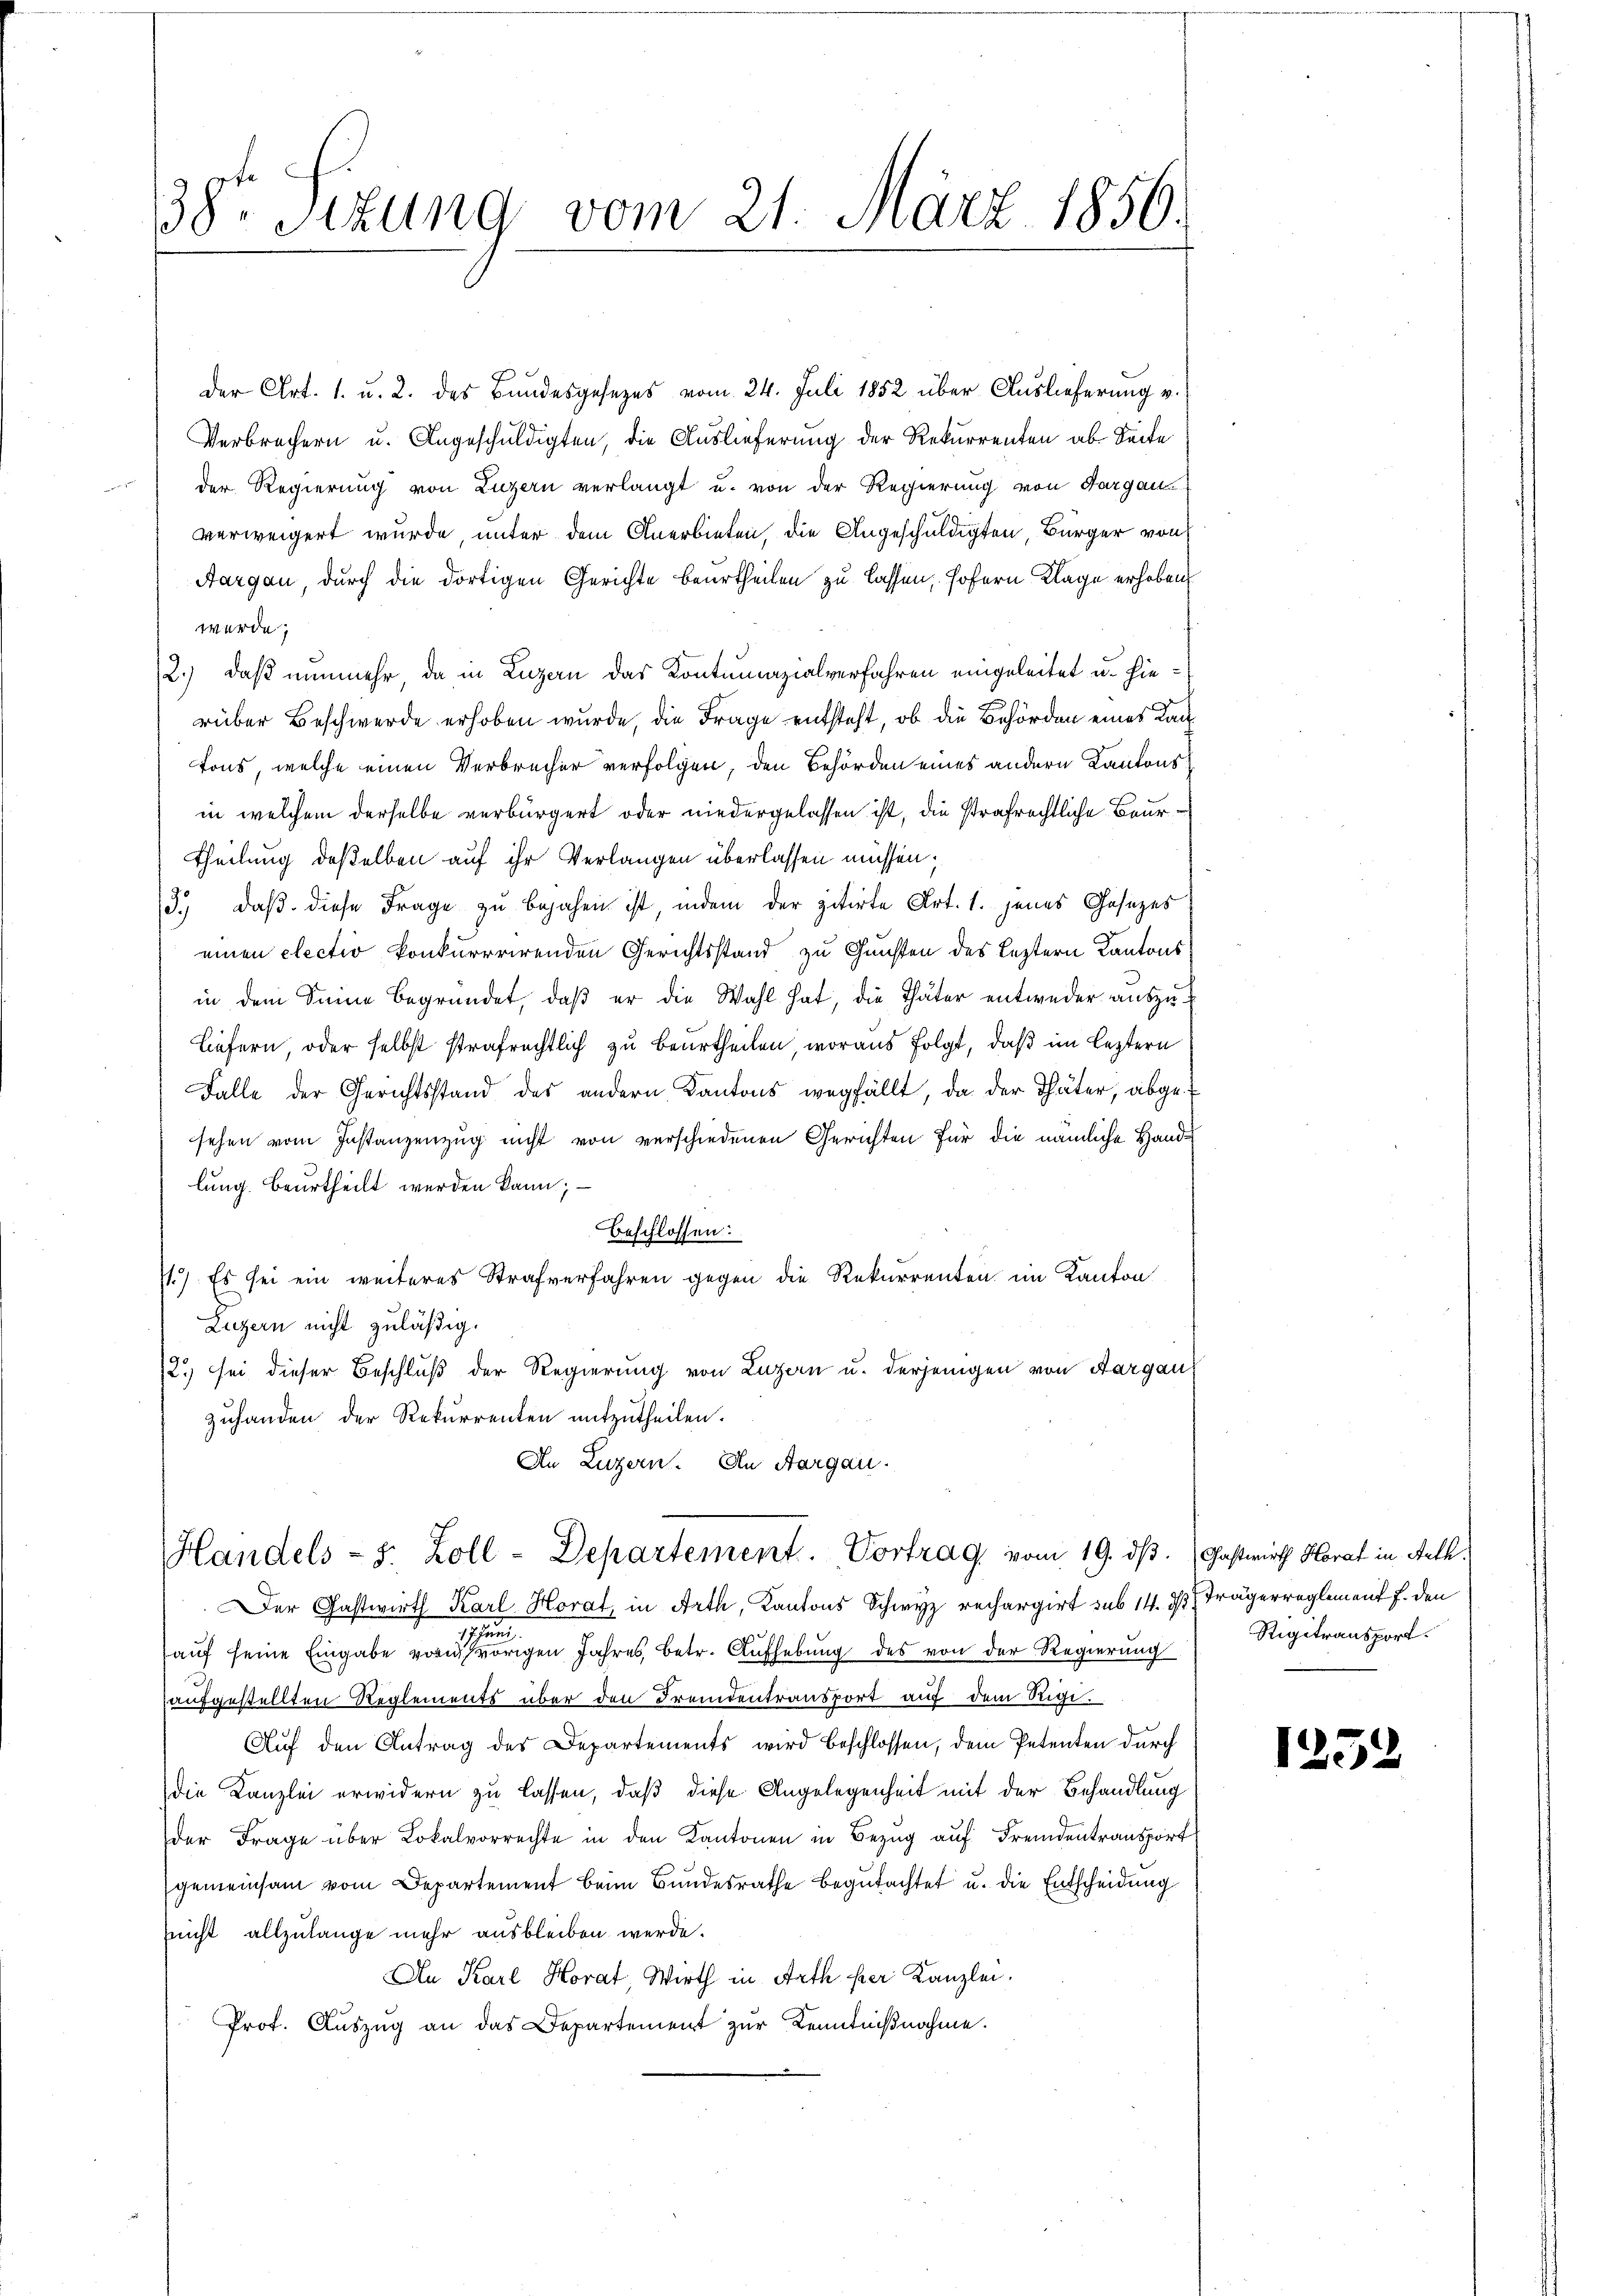
38te Sizung vom 21. März 1856.

Der Art. 1. u. 2. des Bundesgesezes vom 24. Juli 1852 über Auslieferung v.
Verbrechern u. Angeschuldigten, die Auslieferung der Rekurrenten ab Seite
der Regierung von Luzern verlangt u. von der Regierung von Aargau
verweigert wurde, unter dem Anerbieten, die Angeschuldigten, Bürger von
Aargau, durch die dortigen Gerichte beurtheilen zu lassen, sofern Klage erhoben
werde;
2.) daß nunmehr, da in Luzern das Kontumazialverfahren eingeleitet u. hierüber Beschwerde erhoben wurde, die Frage entsteht, ob die Behörden eines Kanfons, welche einen Verbrecher verfolgen, den Behörden eines andern Kantons
in welchem derselbe verbürgert oder niedergelassen ist, die strafrechtliche Beur¬
Theilung deßelben auf ihr Verlangen überlassen müssen;
3.) daß diese Frage zu bejahen ist, indem der zitirte Art. 1. jenes Gesezes
einen electio konkurrirenden Gerichtsstand zu Gunsten des Leztern Kantons
in dem Seine begründet, daß er die Wahl hat, die Thäter entweder auszu¬
Liefern, oder selbst strafrechtlich zu beurtheilen, woraus folgt, daß im leztern
Falle der Gerichtsstand des andern Kantons wegfällt, da der Thäter, abgesehen vom Instanzenzug nicht von verschiedenen Gerichten für die nämliche Handlung beurtheilt werden kann;
beschlossen:
11.) Es sei ein weiteres Strafverfahren gegen die Rekurrenten im Kanton
Luzern nicht zuläßig.
12.) Sei dieser Beschluß der Regierung von Luzern u. derjenigen von Aargau,
zuhanden der Rekurrenten mitzutheilen.
An Luzern. In Aargau.

Handels- s. Zoll - Departement. Vortrag vom 19. ds.

Der Gastwirth Karl Horat, in Arth, Kantons Schwyz rechargirt sub 14. d. Trägerreglement f. den
17. Juni
auf seine Eingabe vor vorigen Jahres, betr. Aufhebung des von der Regierung
aufgestellten Reglements über den Fremdentransport auf dem Rigi.
Auf den Antrag des Departements wird beschlossen, dem Petenten durch
die Kanzlei erwidern zu lassen, daß diese Angelegenheit mit der Behandlung
der Frage über Lokalvorrechte in den Kantonen in Bezug auf Fremdentransport
gemeinsam vom Departement beim Bundesrathe begutachtet u. die Entscheidung
nicht allzulange mehr ausbleiben werde.
An Karl Horat, Wirth in Arth per Kanzlei.
Prof. Auszug an das Departement zur Kenntnißnahme.

Gastwirth Horat in Aeth.
Rigitransport.

1252